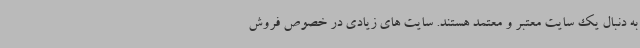
به دنبال یک سایت معتبر و معتمد هستند. سایت های زیادی در خصوص فروش